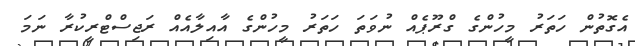
އެގޮތުން ހަތަރު މީހުންގެ ގްރޫޕެއް ނުވަތަ ހަތަރު މީހުންގެ އާއިލާއެއް ރަޖިސްޓްރީކުރާ ނަމަ